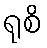
ရုစိ